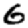
Digit: 6